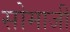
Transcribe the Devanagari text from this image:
सोमाजी